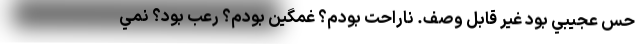
حس عجيبي بود غير قابل وصف. ناراحت بودم؟ غمگين بودم؟ رعب بود؟ نمي‌